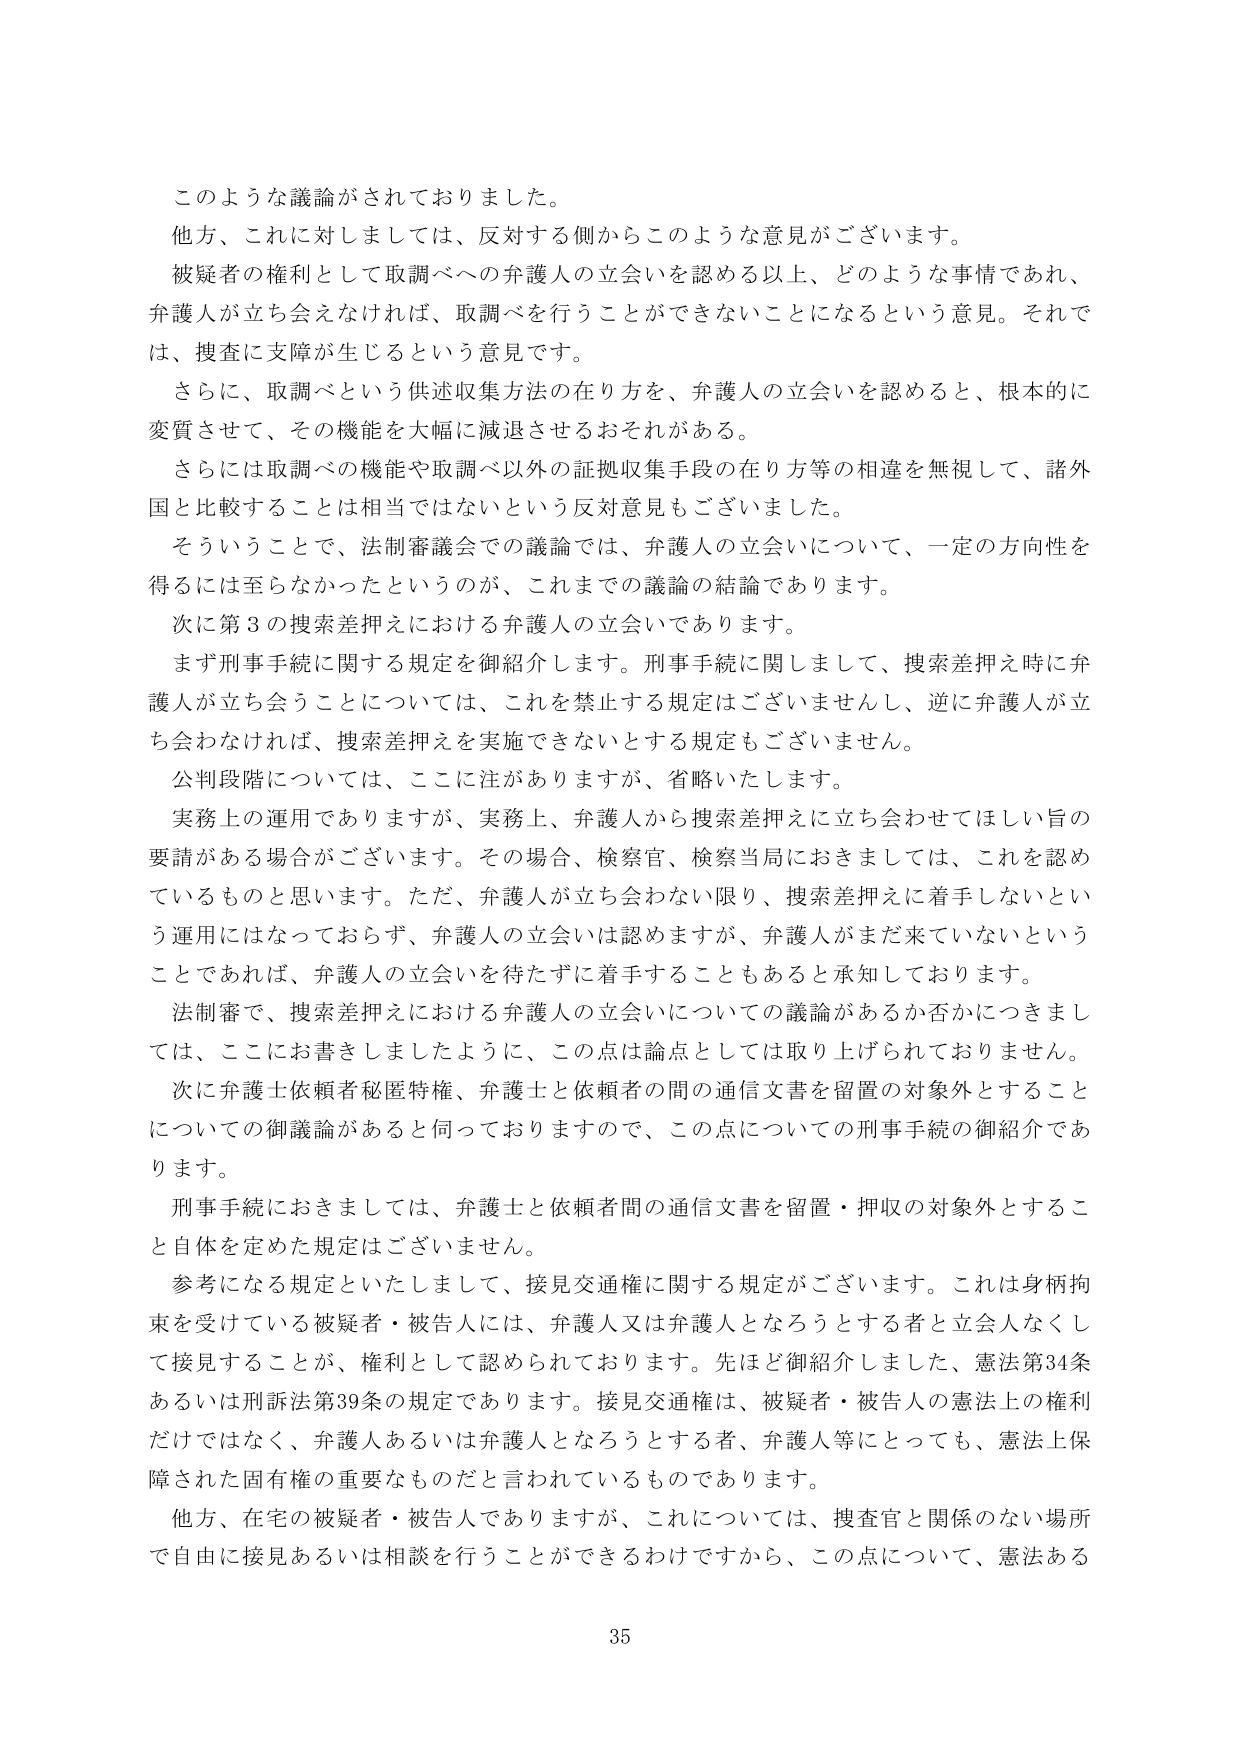
このような議論がされておりました。
他方、これに対しましては、反対する側からこのような意見がございます。
被疑者の権利として取調べへの弁護人の立会いを認める以上、どのような事情であれ、
弁護人が立ち会えなければ、取調べを行うことができないことになるという意見。それでは、捜査に支障が生じるという意見です。
さらに、取調べという供述収集方法の在り方を、弁護人の立会いを認めると、根本的に
変質させて、その機能を大幅に減退させるおそれがある。
さらには取調べの機能や取調べ以外の証拠収集手段の在り方等の相違を無視して、諸外国と比較することは相当ではないという反対意見もございました。
そういうことで、法制審議会での議論では、弁護人の立会いについて、一定の方向性を得るには至らなかったというのが、これまでの議論の結論であります。
次に第3の捜索差押えにおける弁護人の立会いであります。
まず刑事手続に関する規定を御紹介します。刑事手続に関しまして、捜索差押え時に弁護人が立ち会うことについては、これを禁止する規定はございませんし、逆に弁護人が立ち会わなければ、捜索差押えを実施できないとする規定もございません。
公判段階については、ここに注がありますが、省略いたします。
実務上の運用でありますが、実務上、弁護人から捜索差押えに立ち会わせてほしい旨の要請がある場合がございます。その場合、検察官、検察当局におきましては、これを認めているものと思います。ただ、弁護人が立ち会わない限り、捜索差押えに着手しないという運用にはなっておらず、弁護人の立会いは認めますが、弁護人がまだ来ていないということであれば、弁護人の立会いを待たずに着手することもあると承知しております。
法制審で、捜索差押えにおける弁護人の立会いについての議論があるか否かにつきましては、ここにお書きしましたように、この点は論点としては取り上げられておりません。
次に弁護士依頼者秘匿特権、弁護士と依頼者の間の通信文書を留置の対象外とすることについての御議論があると伺っておりますので、この点についての刑事手続の御紹介であります。
刑事手続におきましては、弁護士と依頼者間の通信文書を留置・押収の対象外とすること自体を定めた規定はございません。
参考になる規定といたしまして、接見交通権に関する規定がございます。これは身柄拘束を受けている被疑者・被告人には、弁護人又は弁護人となろうとする者と立会人なくして接見することが、権利として認められております。先ほど御紹介しました、憲法第34条あるいは刑事訴訟法第39条の規定であります。接見交通権は、被疑者・被告人の憲法上の権利だけではなく、弁護人あるいは弁護人となろうとする者、弁護人等にとっても、憲法上保障された固有権の重要なものだと言われているものであります。
他方、在宅の被疑者・被告人でありますが、これについては、捜査官と関係のない場所で自由に接見あるいは相談を行うことができるわけですから、この点について、憲法ある

35